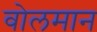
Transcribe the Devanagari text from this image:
वोलमान